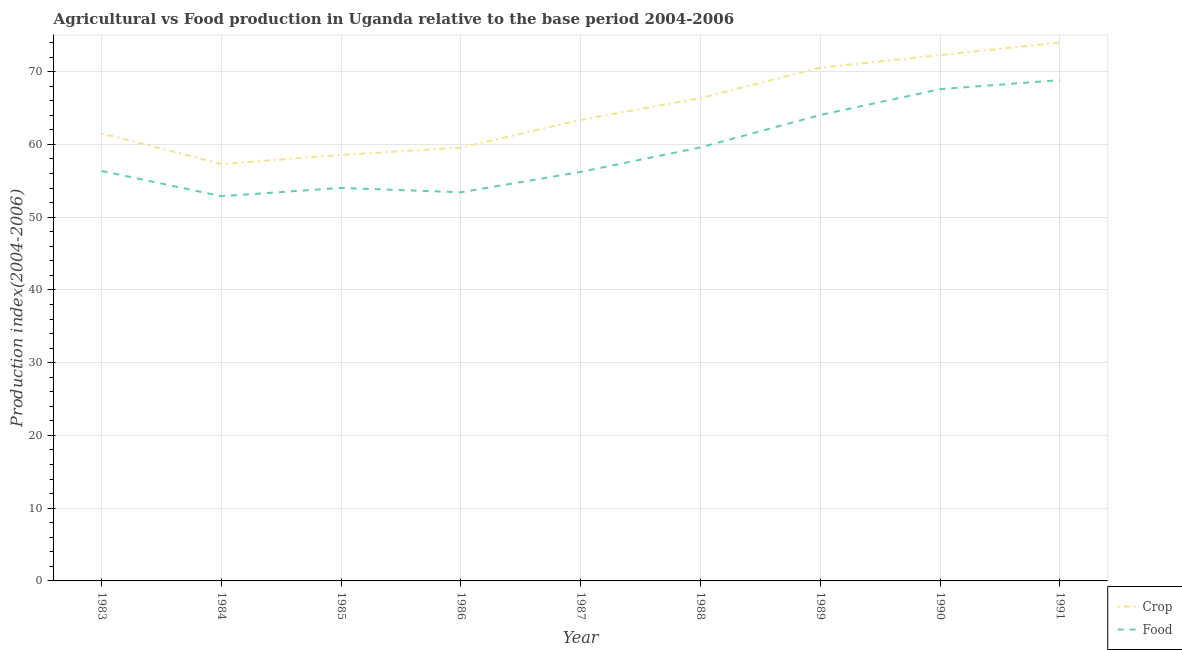
| Year | Crop | Food |
 | --- | --- | --- |
 | 1983 | 61.5 | 56.4 |
 | 1984 | 57.3 | 52.9 |
 | 1985 | 58.6 | 54 |
 | 1986 | 59.6 | 53.4 |
 | 1987 | 63.4 | 56.2 |
 | 1988 | 66.4 | 59.6 |
 | 1989 | 70.5 | 64 |
 | 1990 | 72.3 | 67.6 |
 | 1991 | 74 | 68.8 |